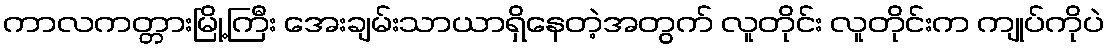
ကာလကတ္တားမြို့ကြီး အေးချမ်းသာယာရှိနေတဲ့အတွက် လူတိုင်း လူတိုင်းက ကျုပ်ကိုပဲ